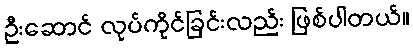
ဦးဆောင် လုပ်ကိုင်ခြင်းလည်း ဖြစ်ပါတယ်။